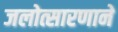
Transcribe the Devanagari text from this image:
जलोत्सारणाने